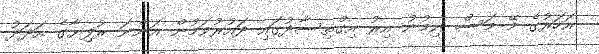
އަހަރުގެ މޭ މަސް ނިމުނު އިރު އިގްތިސާދުގައި ދައުރުވަމުން އަންނަ ރުފިޔާގެ އަދަދު